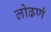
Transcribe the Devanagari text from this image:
लोढणं